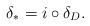
LaTeX: \begin{align*}\delta_\ast = i \mathbin{\circ} \delta_D.\end{align*}